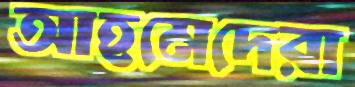
আহমেদেরা